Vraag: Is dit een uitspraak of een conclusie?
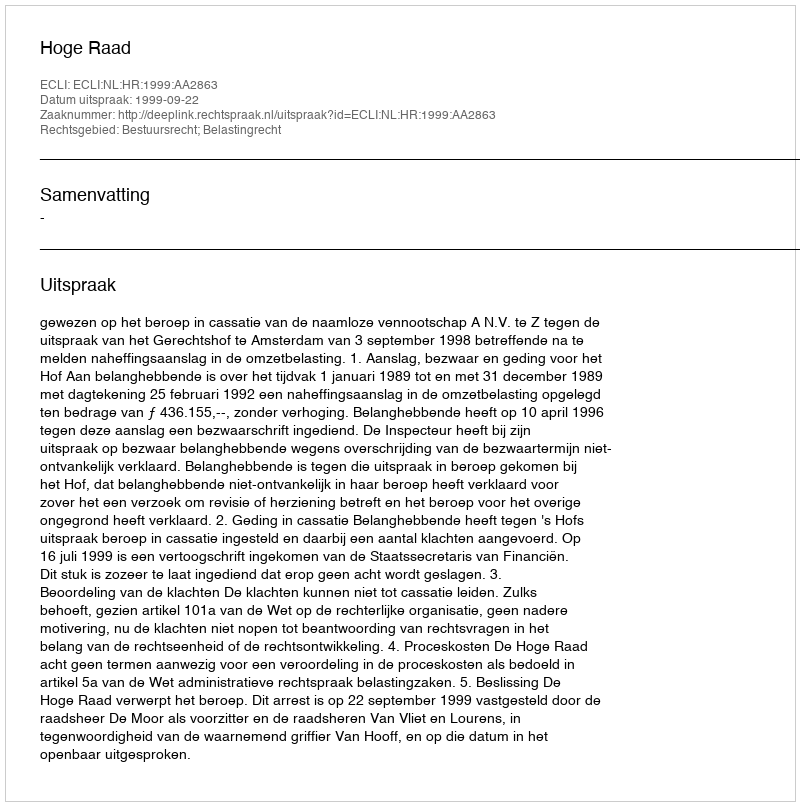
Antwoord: Uitspraak